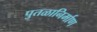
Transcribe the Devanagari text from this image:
पुतळानिर्माण